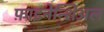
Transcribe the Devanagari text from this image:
फ़ाइनेन्शिअल